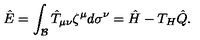
\hat { E } = \int _ { \cal B } \hat { T } _ { \mu \nu } \zeta ^ { \mu } d \sigma ^ { \nu } = \hat { H } - T _ { H } \hat { Q } .